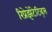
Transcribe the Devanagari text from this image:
रिप्रेझेंटेटिव्ह्स